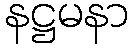
နဋ္ဌမနာ